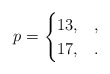
\begin{align*} p= \begin{cases} 13, & , \\ 17, & . \end{cases} \end{align*}